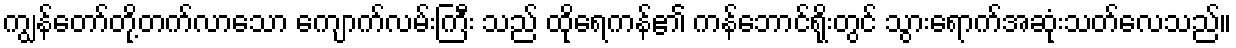
ကျွန်တော်တို့တက်လာသော ကျောက်လမ်းကြီး သည် ထိုရေကန်၏ ကန်ဘောင်ရိုးတွင် သွားရောက်အဆုံးသတ်လေသည်။